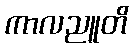
ကာလညူတိ